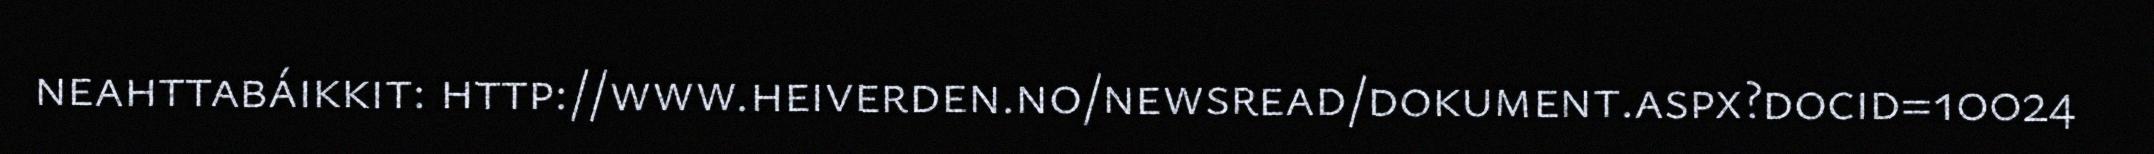
neahttabáikkit: http://www.heiverden.no/newsread/dokument.aspx?docid=10024